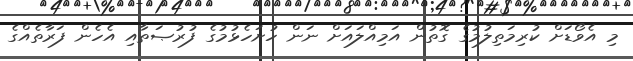
މި އެވޯޑަށް ކުރިމަތިލުމުގެ ގޮތުން އަމިއްލައަށް ނަން ހުށަހެޅުމުގެ ފުރުޞަތާއި އެހެން ފަރާތެއްގެ